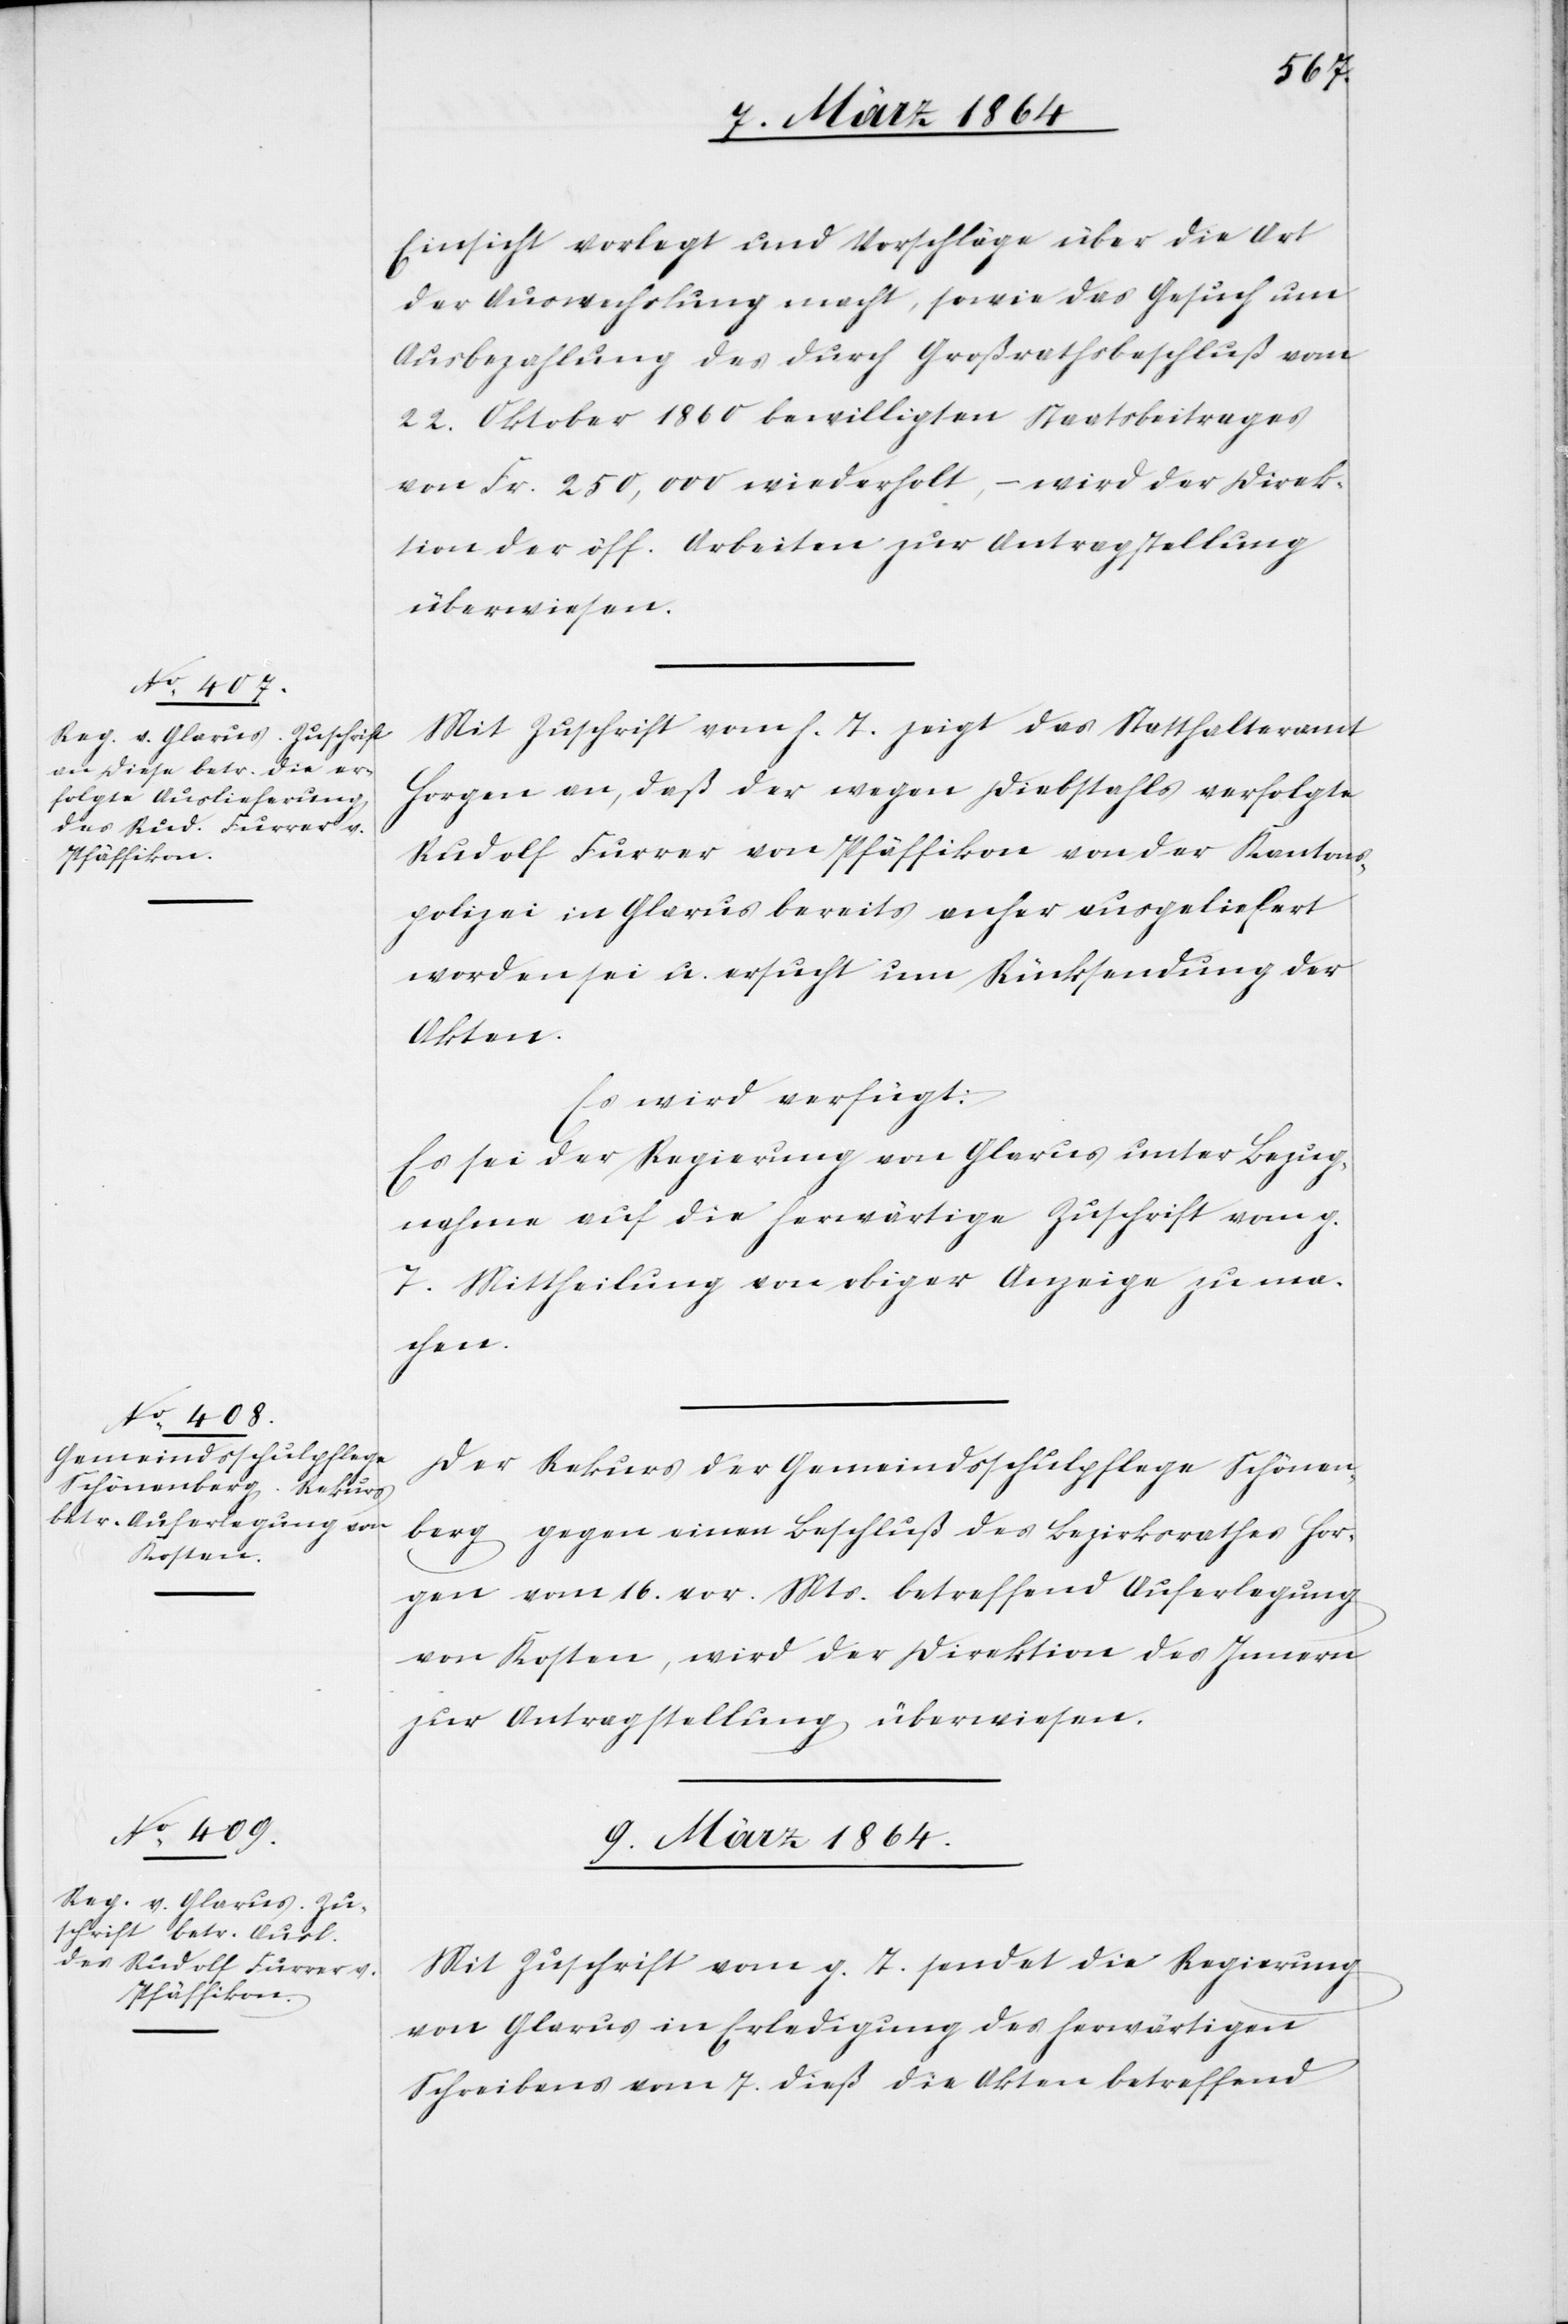
8. März 1864.]
Einsicht vorlegt und Vorschläge über die Art
der Auswechslung macht, sowie das Gesuch um
Ausbezahlung des durch Großrathsbeschluß vom
22. Oktober 1860 bewilligten Staatsbeitrages
von Fr. 250,000 wiederholt, – wird der Direk¬
tion der öff. Arbeiten zur Antragstellung
überwiesen.
Mit Zuschrift vom h. T. zeigt das Statthalteramt
Horgen an, daß der wegen Diebstahls verfolgte
Rudolf Furrer von Pfäffikon von der Kantons¬
polizei in Glarus bereits anher ausgeliefert
worden sei u. ersucht um Rücksendung der
Akten.
Es wird verfügt:
Es sei der Regierung von Glarus unter Bezug¬
nahme auf die herwärtige Zuschrift vom g.
die Mittheilung von obiger Anzeige zu ma¬
chen.
Der Rekurs der Gemeindsschulpflege Schönen¬
berg gegen einen Beschluß des Bezirksrathes Hor¬
gen vom 16. vor. Mts. betreffend Auferlegung
von Kosten, wird der Direktion des Innern
zur Antragstellung überwiesen.
9. März 1864.
Mit Zuschrift vom g. T. sendet die Regierung
von Glarus in Erledigung des herwärtigen
Schreibens vom 7. dieß die Akten betreffend